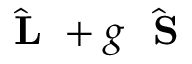
\hat { \mathrm { ~ \bf ~ L ~ } } + g \hat { \mathrm { ~ \bf ~ S ~ } }